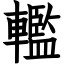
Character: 轞